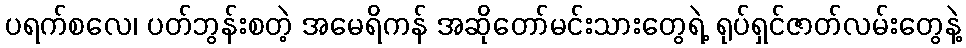
ပရက်စလေ၊ ပတ်ဘွန်းစတဲ့ အမေရိကန် အဆိုတော်မင်းသားတွေရဲ့ ရုပ်ရှင်ဇာတ်လမ်းတွေနဲ့